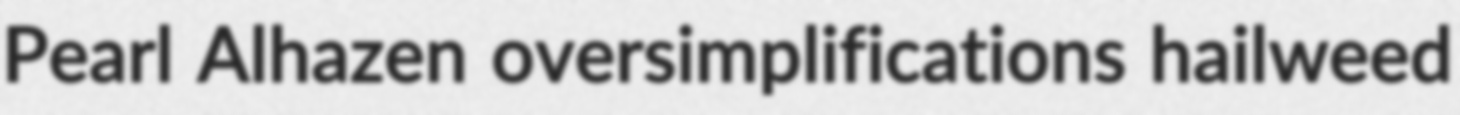
Pearl Alhazen oversimplifications hailweed